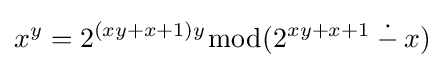
x^{y}=2^{(xy+x+1)y}{\bmod {(}}2^{xy+x+1}\mathbin {\dot {-}} x)